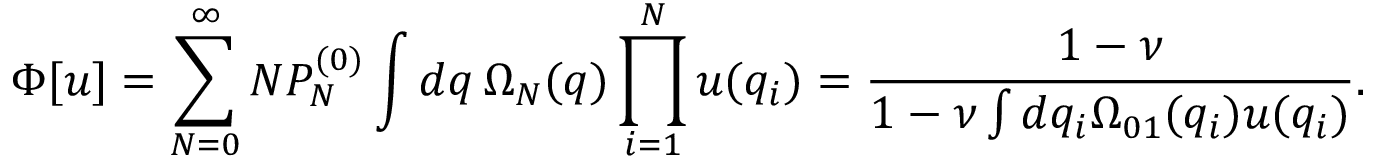
\Phi [ u ] = \sum _ { N = 0 } ^ { \infty } { \cal N } P _ { N } ^ { ( 0 ) } \int d q \, \Omega _ { N } ( q ) \prod _ { i = 1 } ^ { N } u ( q _ { i } ) = \frac { 1 - \nu } { 1 - \nu \int d q _ { i } \Omega _ { 0 1 } ( q _ { i } ) u ( q _ { i } ) } .